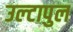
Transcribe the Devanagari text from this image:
उल्‍टापुल